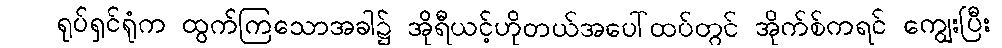
ရုပ်ရှင်ရုံက ထွက်ကြသောအခါ၌ အိုရီယင့်ဟိုတယ်အပေါ်ထပ်တွင် အိုက်စ်ကရင် ကျွေးပြီး